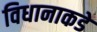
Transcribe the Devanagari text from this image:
विधानाकडे